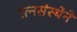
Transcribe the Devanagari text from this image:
रत्नसंस्थेने